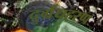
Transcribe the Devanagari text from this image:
दुर्ग्रंधहरण